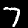
Label: 7